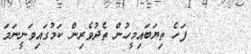
١٥٧      ފަހެ ތިޔަބައިމީހުން ތެދުވެރިން ކަމުގައިވަނީނަމަ